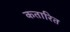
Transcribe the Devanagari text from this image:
कतारित